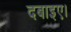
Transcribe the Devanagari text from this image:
दबाइए।